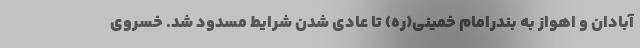
آبادان و اهواز به بندرامام خمینی(ره) تا عادی شدن شرایط مسدود شد. خسروی